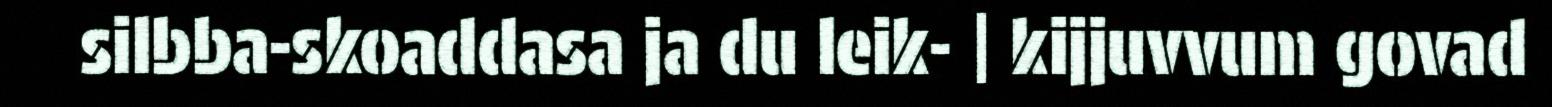
silbba-skoaddasa ja du leik- | kijjuvvum govad